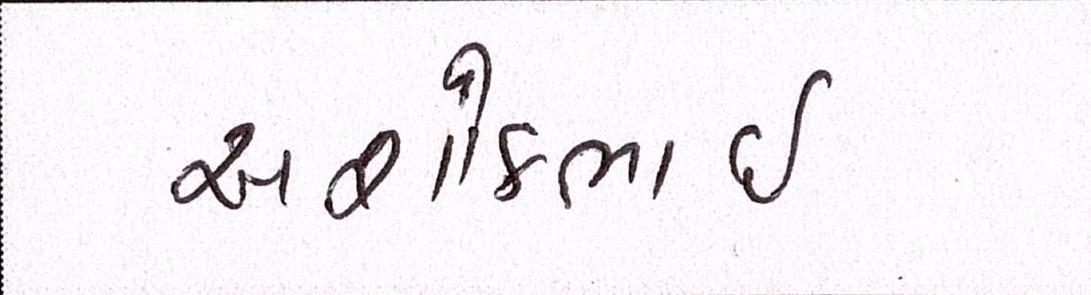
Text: અશોકભાઇ